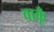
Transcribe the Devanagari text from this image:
वाकूँ